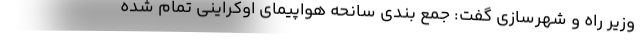
وزیر راه و شهرسازی گفت: جمع بندی سانحه هواپیمای اوکراینی تمام شده